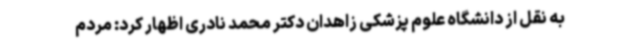
به نقل از دانشگاه علوم پزشکی زاهدان دکتر محمد نادری اظهار کرد: مردم